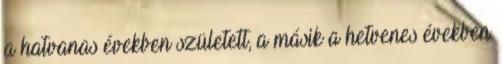
a hatvanas években született, a másik a hetvenes években